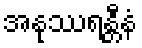
အနုဿရန္တီနံ